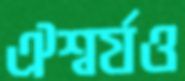
ঐশ্বর্যও